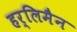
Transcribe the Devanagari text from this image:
हर्लिमैन